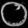
Digit: ၀